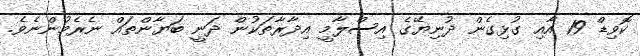
ކޮވިޑް 19 އާއި ގުޅިގެން ދުނިޔޭގެ އިސްލާމީ އިދާރާތަކުން ދަނީ ބަޔާންތައް ނެރެމުންނެވެ.